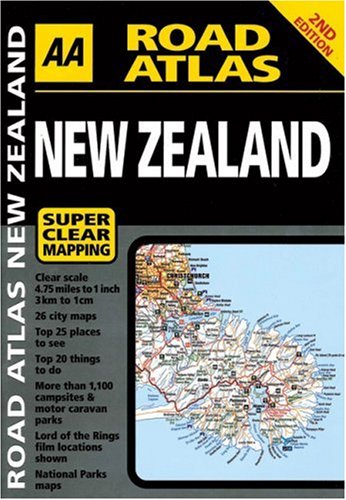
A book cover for AA Road Atlas: New Zealand; AA Publishing; Travel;